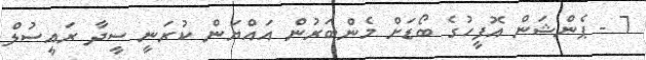
7 - ޕެންޝަން އޮފީހުގެ ބޯޑަށް މެންބަރުން އައްޔަން ކުރަނީ ސީދާ ރައީސުލް